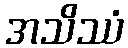
အသိဿံ